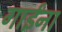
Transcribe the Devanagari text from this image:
गाईंना